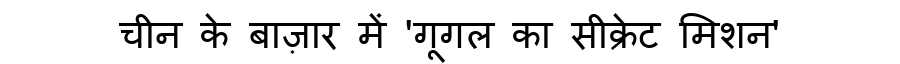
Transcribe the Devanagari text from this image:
चीन के बाज़ार में 'गूगल का सीक्रेट मिशन'